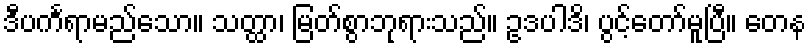
ဒီပင်္ကရာမည်သော။ သတ္ထာ၊ မြတ်စွာဘုရားသည်။ ဥဒပါဒိ၊ ပွင့်တော်မူပြီ။ တေန